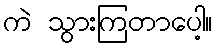
ကဲ သွားကြတာပေါ့။